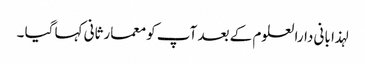
لہذا بانی دارالعلوم کے بعد آپ کو معمارثانی کہا گیا ۔